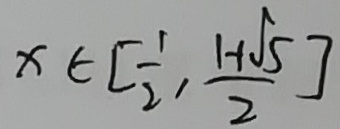
x \in [ \frac { 1 } { 2 } , \frac { 1 + \sqrt { 5 } } { 2 } ]